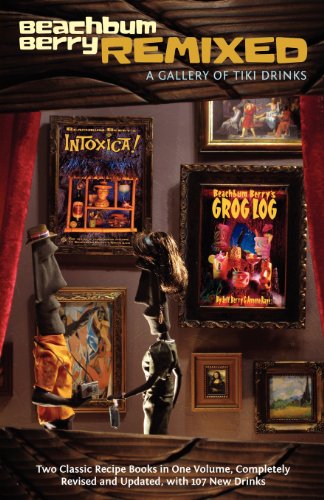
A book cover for Beach Bum Berry Remixed; Jeff Berry; Cookbooks, Food & Wine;